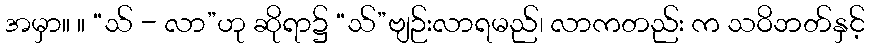
အမှာ။ ။ “သ် - လာ”ဟု ဆိုရာ၌ “သ်”ဗျဉ်းလာရမည်၊ လာကတည်း က သဝိဘတ်နှင့်